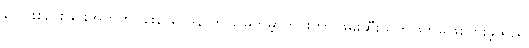
ပေါင်းစည်းခြင်းအတွက် ခါးနာဝေဒနာကို မြေကမ္ဘာတိုင်းတာ ဖမ်းဆီးသတ်ဖြတ်မှုဖြစ်ပွားခဲ့သည်